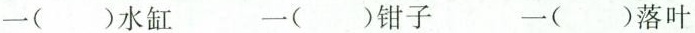
一()水缸 一()钳子 一()落叶